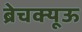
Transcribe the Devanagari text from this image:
ब्रेचक्यूऊ